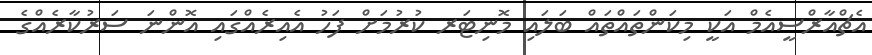
އެޗްއާރްސީއެމް އަކީ މިކަންތައްތައް ބަލައި މޮނިޓަރ ކުރުމަށް ފަހު އެއިރެއްގައި އޮންނަ ސަރުކާރެއްގެ